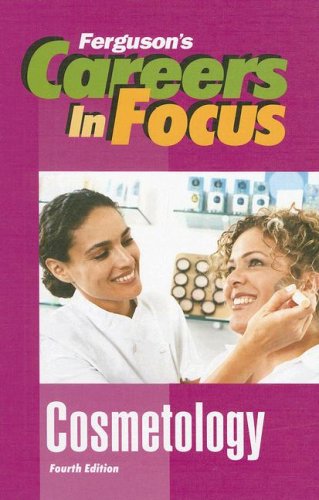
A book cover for Cosmetology (Ferguson's Careers in Focus); Ferguson Publishing; Teen & Young Adult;